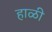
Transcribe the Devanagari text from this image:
हाळी